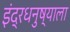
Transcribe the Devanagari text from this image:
इंद्रधनुष्याला